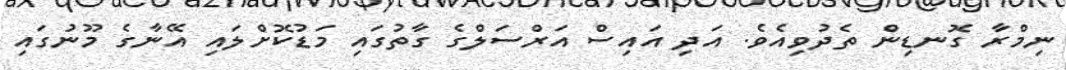
ނިމްރާ ގޮނޑިން ތެދުވިއެވެ. އަދި އައިސް އަރްސަލްގެ ގާތުގައި މަޑުކޮށްލައި އޭނާގެ މޫނުގައި